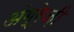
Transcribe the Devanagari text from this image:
अंग्रे़ज़ी